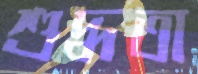
শুদ্ধতা